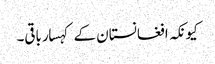
کیونکہ افغانستان کے کہسار باقی۔